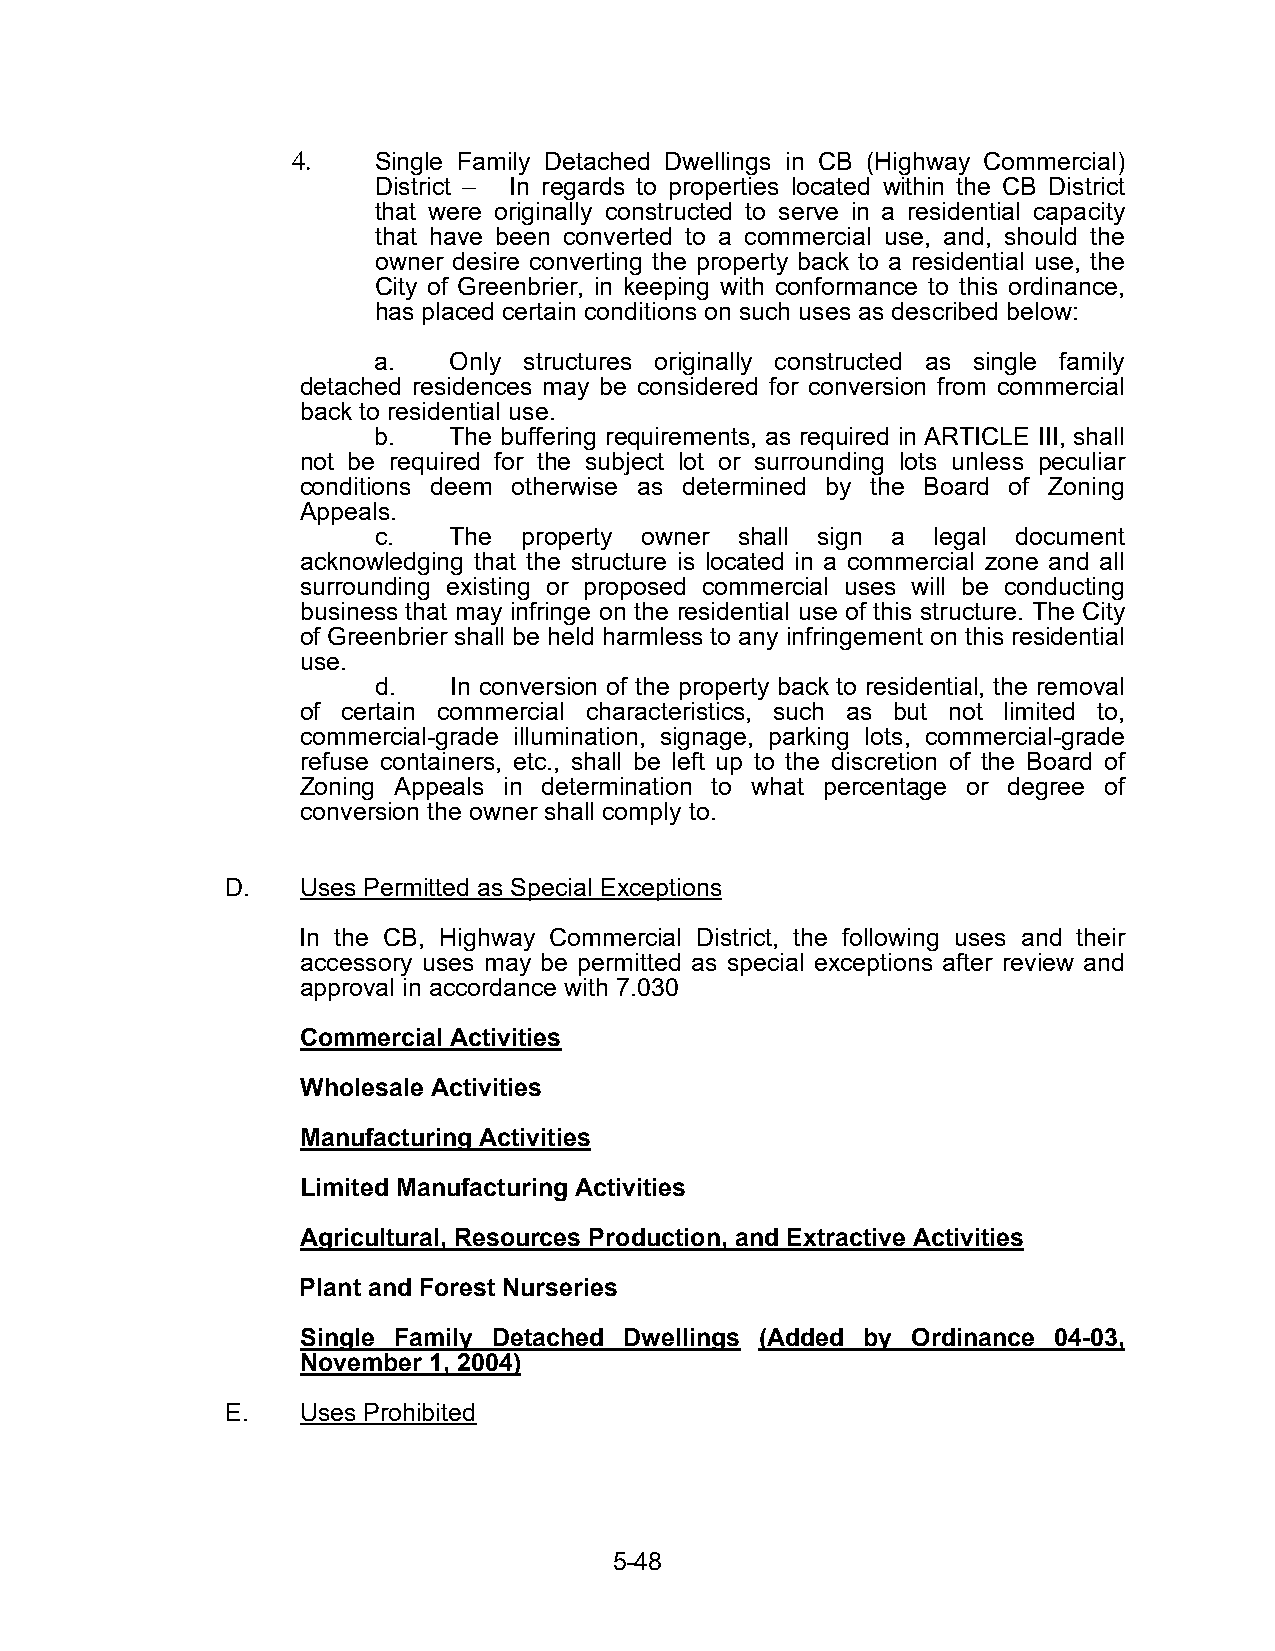
4.    Single Family Detached Dwellings in CB (Highway Commercial)
 District – In regards to properties located within the CB District
 that were originally constructed to serve in a residential capacity
 that have been converted to a commercial use, and, should the
 owner desire converting the property back to a residential use, the
 City of Greenbrier, in keeping with conformance to this ordinance,
 has placed certain conditions on such uses as described below:
 a.   Only structures originally constructed as single family
 detached residences may be considered for conversion from commercial
 back to residential use.
 b.   The buffering requirements, as required in ARTICLE III, shall
 not be required for the subject lot or surrounding lots unless peculiar
 conditions deem otherwise as determined by the Board of Zoning
 Appeals.
 c.   The  property owner shall sign a legal document
 acknowledging that the structure is located in a commercial zone and all
 surrounding existing or proposed commercial uses will be conducting
 business that may infringe on the residential use of this structure. The City
 of Greenbrier shall be held harmless to any infringement on this residential
 use.
 d.   In conversion of the property back to residential, the removal
 of certain commercial characteristics, such as but not limited to,
 commercial-grade illumination, signage, parking lots, commercial-grade
 refuse containers, etc., shall be left up to the discretion of the Board of
 Zoning Appeals in determination to what percentage or degree of
 conversion the owner shall comply to.
 D.   Uses Permitted as Special Exceptions
 In the CB, Highway Commercial District, the following uses and their
 accessory uses may be permitted as special exceptions after review and
 approval in accordance with 7.030
 Commercial Activities
 Wholesale Activities
 Manufacturing Activities
 Limited Manufacturing Activities
 Agricultural, Resources Production, and Extractive Activities
 Plant and Forest Nurseries
 Single Family Detached Dwellings (Added by Ordinance 04-03,
 November 1, 2004)
 E.   Uses Prohibited
 5-48